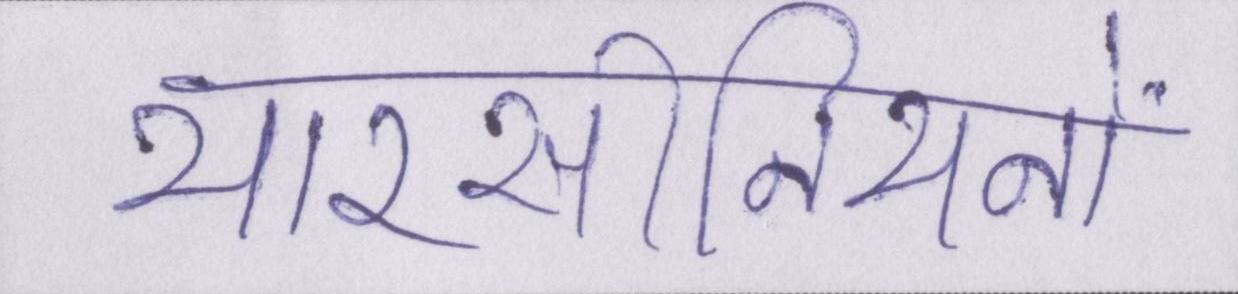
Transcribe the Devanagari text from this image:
यारसीनियनों